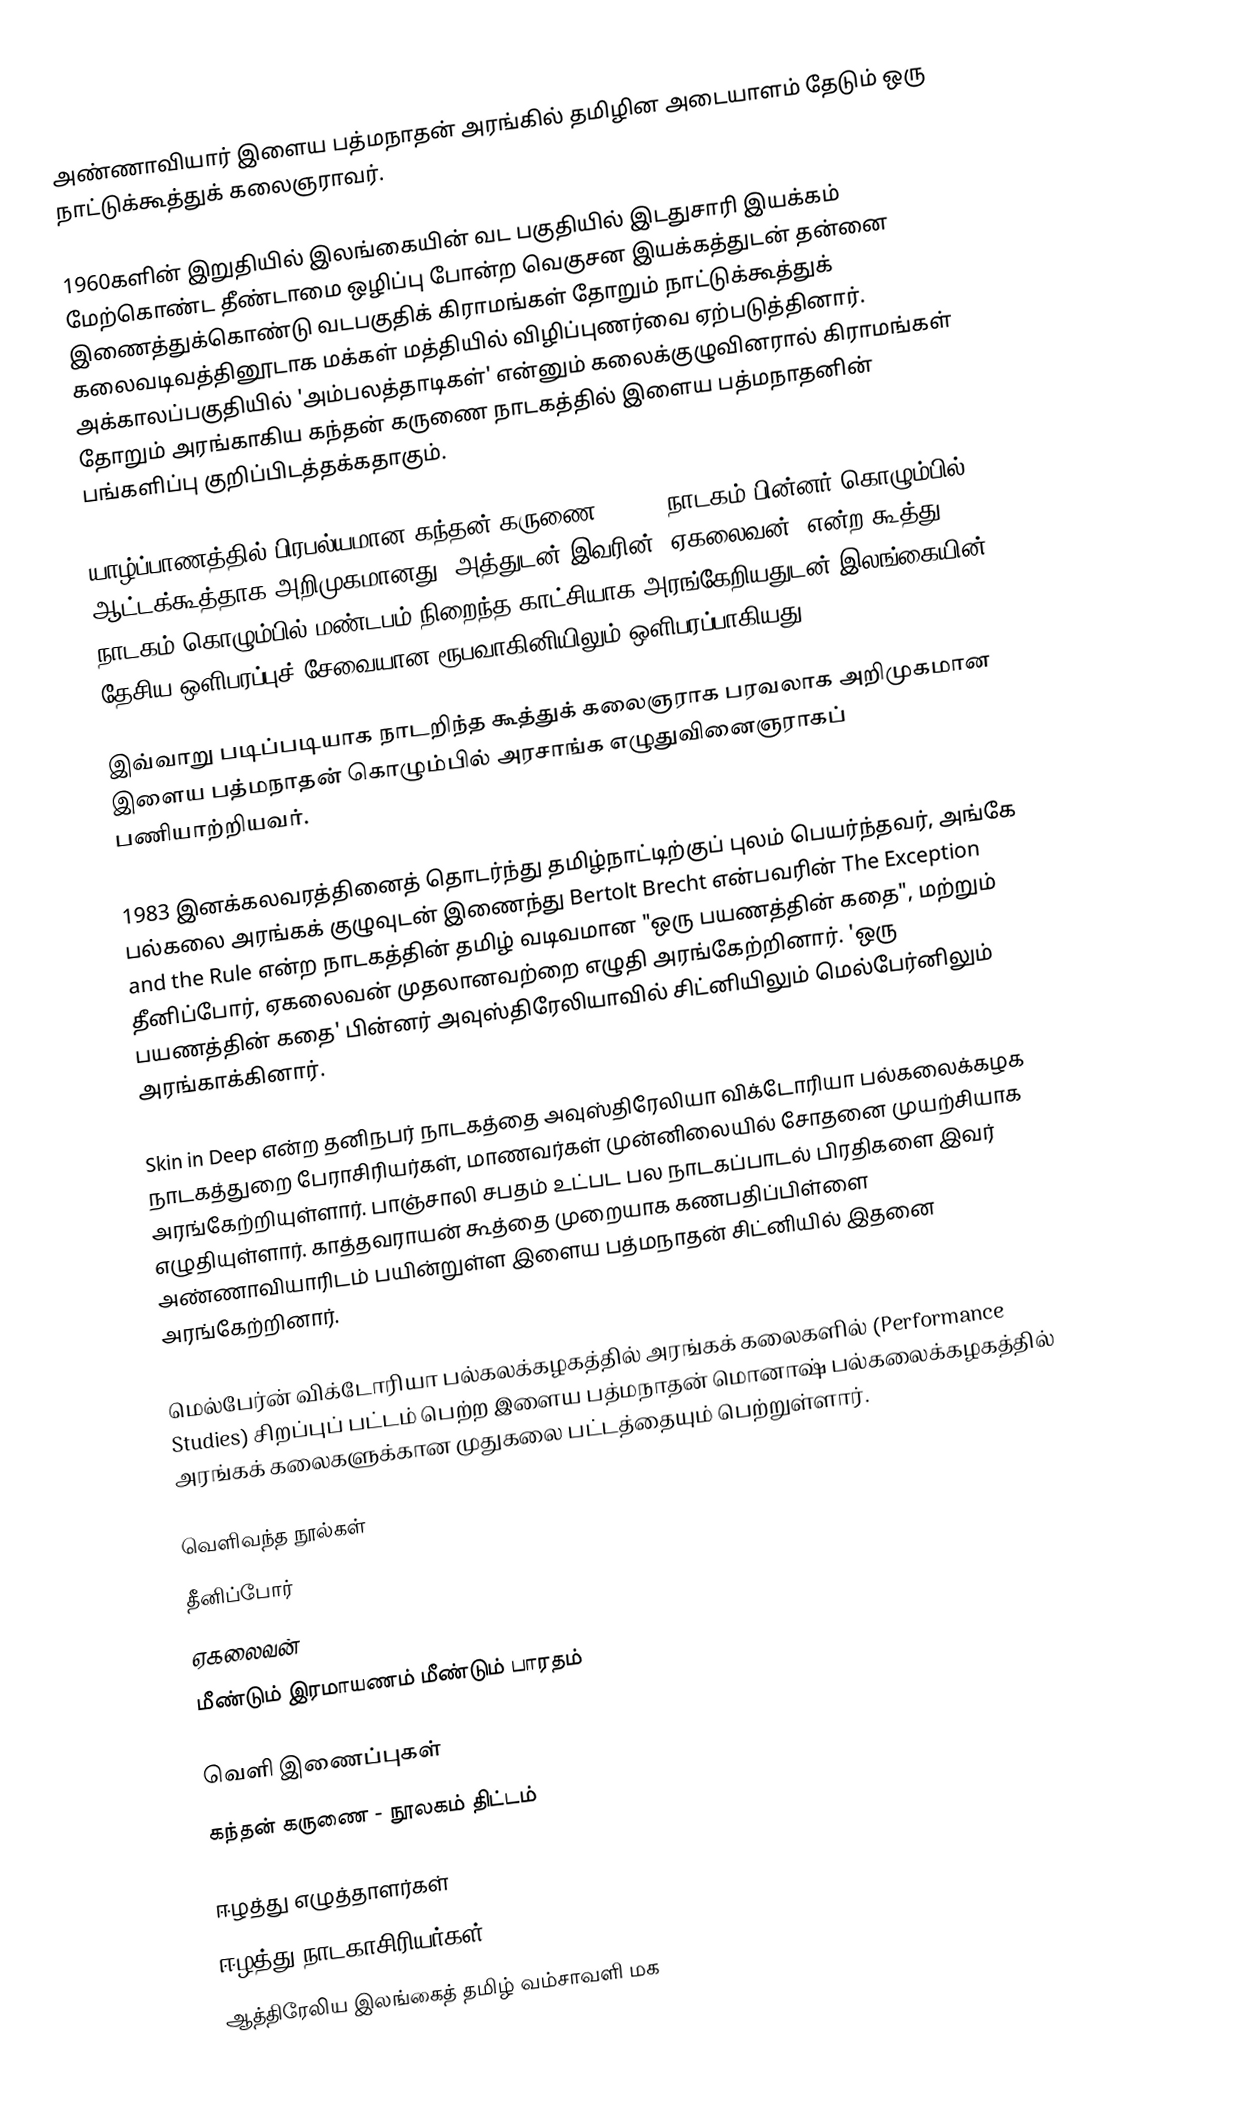
அண்ணாவியார் இளைய பத்மநாதன் அரங்கில் தமிழின அடையாளம் தேடும் ஒரு நாட்டுக்கூத்துக் கலைஞராவர்.

1960களின் இறுதியில் இலங்கையின் வட பகுதியில் இடதுசாரி இயக்கம் மேற்கொண்ட தீண்டாமை ஒழிப்பு போன்ற வெகுசன இயக்கத்துடன் தன்னை இணைத்துக்கொண்டு வடபகுதிக் கிராமங்கள் தோறும் நாட்டுக்கூத்துக் கலைவடிவத்தினூடாக மக்கள் மத்தியில் விழிப்புணர்வை ஏற்படுத்தினார். அக்காலப்பகுதியில் 'அம்பலத்தாடிகள்' என்னும் கலைக்குழுவினரால் கிராமங்கள் தோறும் அரங்காகிய கந்தன் கருணை நாடகத்தில் இளைய பத்மநாதனின் பங்களிப்பு குறிப்பிடத்தக்கதாகும்.

யாழ்ப்பாணத்தில் பிரபல்யமான கந்தன் கருணை (1970) நாடகம் பின்னர் கொழும்பில் ஆட்டக்கூத்தாக அறிமுகமானது. அத்துடன் இவரின் 'ஏகலைவன்' என்ற கூத்து நாடகம் கொழும்பில் மண்டபம் நிறைந்த காட்சியாக அரங்கேறியதுடன் இலங்கையின் தேசிய ஒளிபரப்புச் சேவையான ரூபவாகினியிலும் ஒளிபரப்பாகியது.

இவ்வாறு படிப்படியாக நாடறிந்த கூத்துக் கலைஞராக பரவலாக அறிமுகமான இளைய பத்மநாதன் கொழும்பில் அரசாங்க எழுதுவினைஞராகப் பணியாற்றியவர்.

1983 இனக்கலவரத்தினைத் தொடர்ந்து தமிழ்நாட்டிற்குப் புலம் பெயர்ந்தவர், அங்கே பல்கலை அரங்கக் குழுவுடன் இணைந்து Bertolt Brecht என்பவரின் The Exception and the Rule என்ற நாடகத்தின் தமிழ் வடிவமான "ஒரு பயணத்தின் கதை", மற்றும் தீனிப்போர், ஏகலைவன் முதலானவற்றை எழுதி அரங்கேற்றினார். 'ஒரு பயணத்தின் கதை' பின்னர் அவுஸ்திரேலியாவில் சிட்னியிலும் மெல்பேர்னிலும் அரங்காக்கினார்.

Skin in Deep என்ற தனிநபர் நாடகத்தை அவுஸ்திரேலியா விக்டோரியா பல்கலைக்கழக நாடகத்துறை பேராசிரியர்கள், மாணவர்கள் முன்னிலையில் சோதனை முயற்சியாக அரங்கேற்றியுள்ளார். பாஞ்சாலி சபதம் உட்பட பல நாடகப்பாடல் பிரதிகளை இவர் எழுதியுள்ளார். காத்தவராயன் கூத்தை முறையாக கணபதிப்பிள்ளை அண்ணாவியாரிடம் பயின்றுள்ள இளைய பத்மநாதன் சிட்னியில் இதனை அரங்கேற்றினார்.

மெல்பேர்ன் விக்டோரியா பல்கலக்கழகத்தில் அரங்கக் கலைகளில் (Performance Studies) சிறப்புப் பட்டம் பெற்ற இளைய பத்மநாதன் மொனாஷ் பல்கலைக்கழகத்தில் அரங்கக் கலைகளுக்கான முதுகலை பட்டத்தையும் பெற்றுள்ளார்.

வெளிவந்த நூல்கள்
 தீனிப்போர்
 ஏகலைவன்
 மீண்டும் இரமாயணம் மீண்டும் பாரதம்

வெளி இணைப்புகள்
 கந்தன் கருணை - நூலகம் திட்டம்

ஈழத்து எழுத்தாளர்கள்
ஈழத்து நாடகாசிரியர்கள்
ஆத்திரேலிய இலங்கைத் தமிழ் வம்சாவளி மக